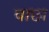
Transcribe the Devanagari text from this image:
वाछा